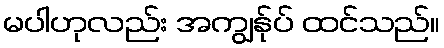
မပါဟုလည်း အကျွန်ုပ် ထင်သည်။